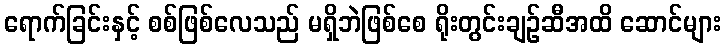
ရောက်ခြင်းနှင့် စစ်ဖြစ်လေသည် မရှိဘဲဖြစ်စေ ရိုးတွင်းချဉ်ဆီအထိ ဆောင်များ